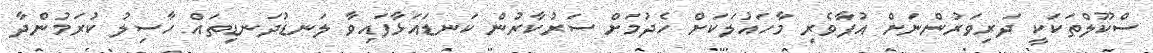
ސްކޫލްތަކަކީ ދަރިވަރުންނަށް އުފާވެރި މާހައުލަކަށް ހެދުމަށް ސަރުކާރުން ކަނޑައަޅާފައިވާ ލަނޑުދަނޑިތައް ހާސިލު ކުރަމުންދާ